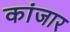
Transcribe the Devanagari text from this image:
कांजार